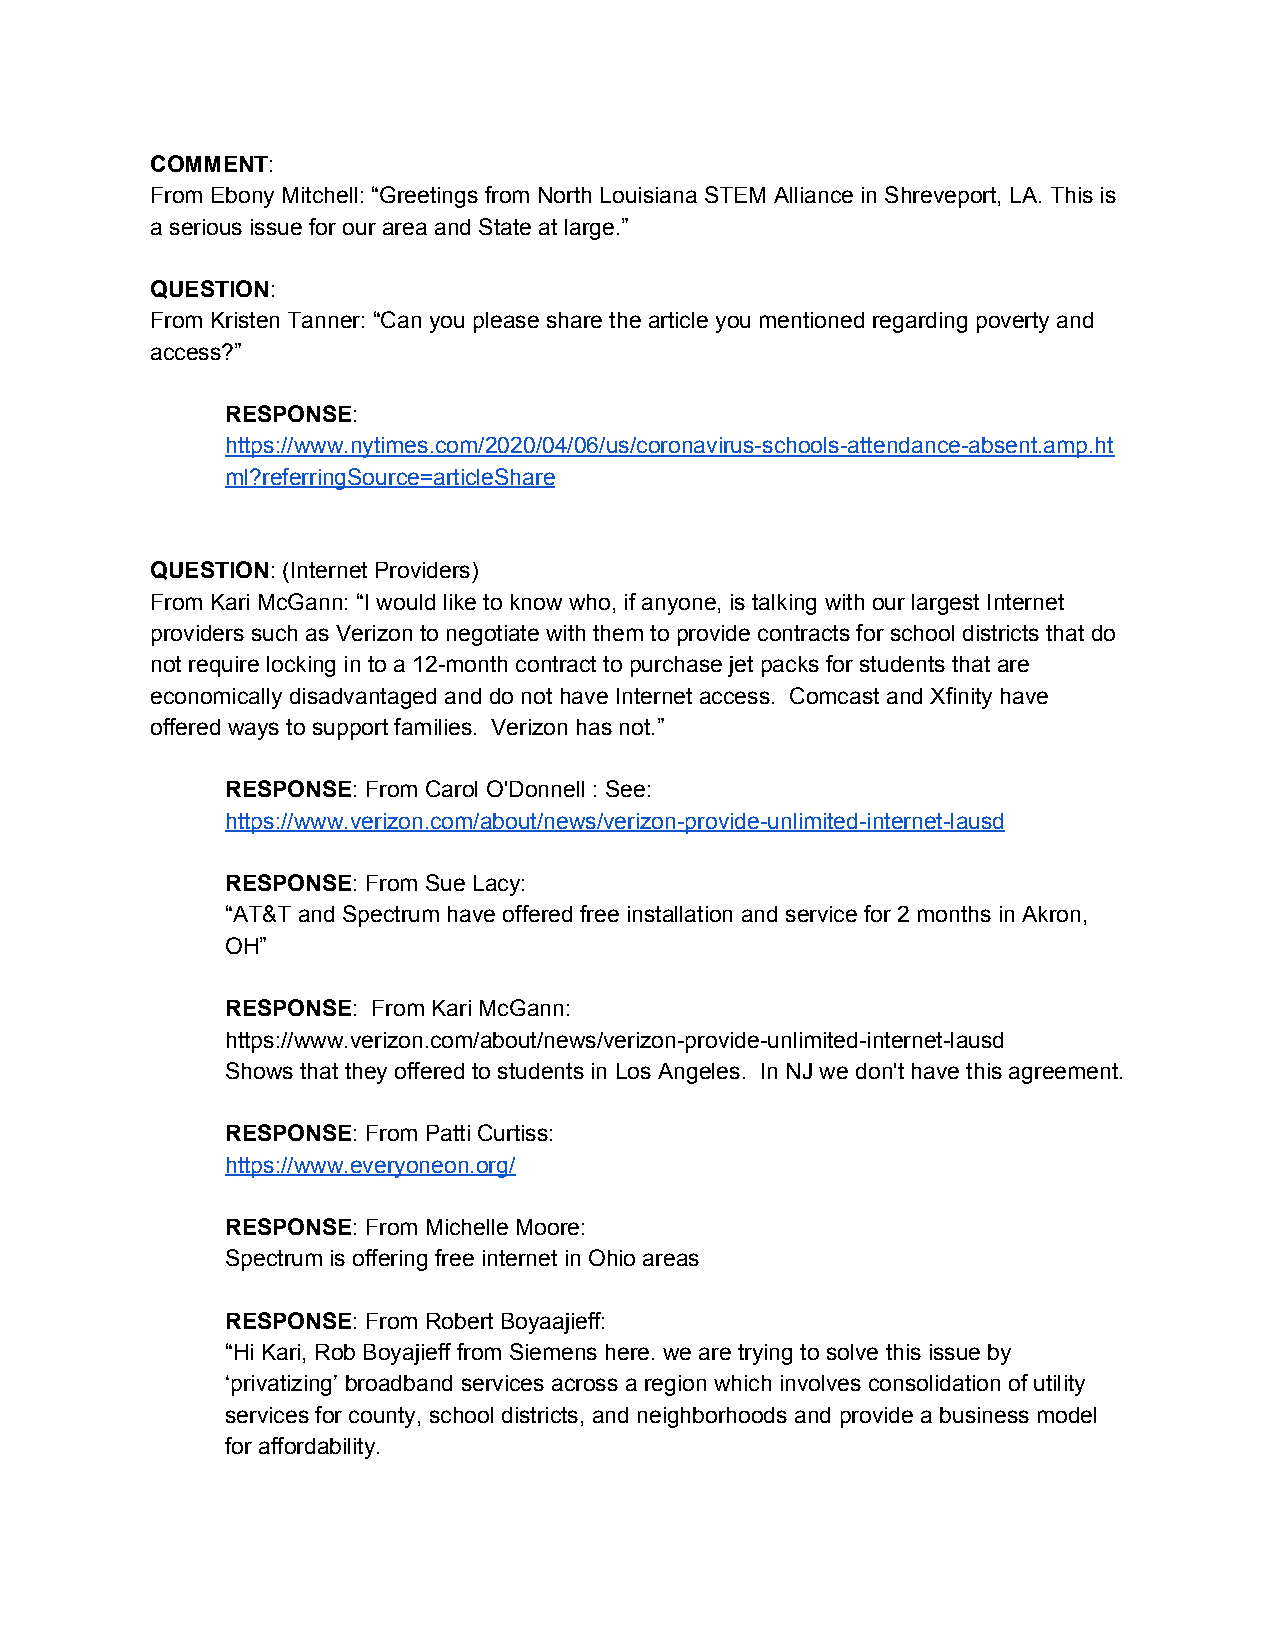
COMMENT:
 ​
 From Ebony Mitchell: “Greetings from North Louisiana STEM Alliance in Shreveport, LA. This is
 a serious issue for our area and State at large.”
 QUESTION:
 ​
 From Kristen Tanner: “Can you please share the article you mentioned regarding poverty and
 access?”
 RESPONSE:
 ​
 https://www.nytimes.com/2020/04/06/us/coronavirus-schools-attendance-absent.amp.ht
 ml?referringSource=articleShare
 QUESTION: (Internet Providers)
 ​
 From Kari McGann: “I would like to know who, if anyone, is talking with our largest Internet
 providers such as Verizon to negotiate with them to provide contracts for school districts that do
 not require locking in to a 12-month contract to purchase jet packs for students that are
 economically disadvantaged and do not have Internet access. Comcast and Xfinity have
 offered ways to support families. Verizon has not.”
 RESPONSE: From Carol O'Donnell : See:
 ​
 https://www.verizon.com/about/news/verizon-provide-unlimited-internet-lausd
 RESPONSE: From Sue Lacy:
 ​
 “AT&T and Spectrum have offered free installation and service for 2 months in Akron,
 OH”
 RESPONSE: From Kari McGann:
 ​
 https://www.verizon.com/about/news/verizon-provide-unlimited-internet-lausd
 Shows that they offered to students in Los Angeles. In NJ we don't have this agreement.
 RESPONSE: From Patti Curtiss:
 ​
 https://www.everyoneon.org/
 RESPONSE: From Michelle Moore:
 ​
 Spectrum is offering free internet in Ohio areas
 RESPONSE: From Robert Boyaajieff:
 ​
 “Hi Kari, Rob Boyajieff from Siemens here. we are trying to solve this issue by
 ‘privatizing’ broadband services across a region which involves consolidation of utility
 services for county, school districts, and neighborhoods and provide a business model
 for affordability.